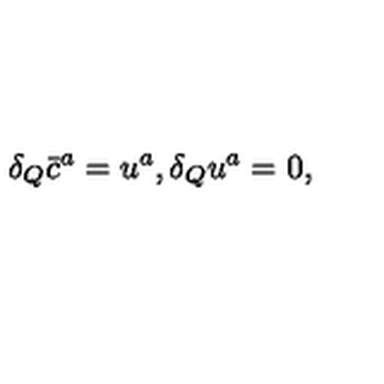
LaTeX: \delta _ { Q } \bar { c } ^ { a } = u ^ { a } , \delta _ { Q } u ^ { a } = 0 ,